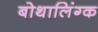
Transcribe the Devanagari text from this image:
बोथालिंग्क